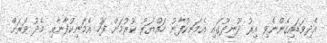
އެދިވަޑައިގެންނެވި އިރު ދޫނިދޫގައި އެމަނިކުފާނު ހައްޔަރު ކުރުމަށް ފަހު އެމަނިކުފާނާއި މެދު ވަރަށް